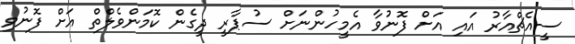
ސީއެޗްއާރު އައި އަށް ފޮނުވާ އެމީހުންނަށް ސުޕާރީ ދީގެން ކޮމަންވެލްތް އަށް ފޮނުވި